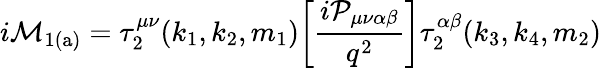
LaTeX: {i\cal M}_{\mathrm{1(a)}}=\tau_{2}^{\mu\nu}(k_{1},k_{2},m_{1})\bigg[\frac{i{\cal P}_{\mu\nu\alpha\beta}}{q^{2}}\bigg]\tau_{2}^{\alpha\beta}(k_{3},k_{4},m_{2})